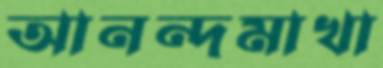
আনন্দমাখা